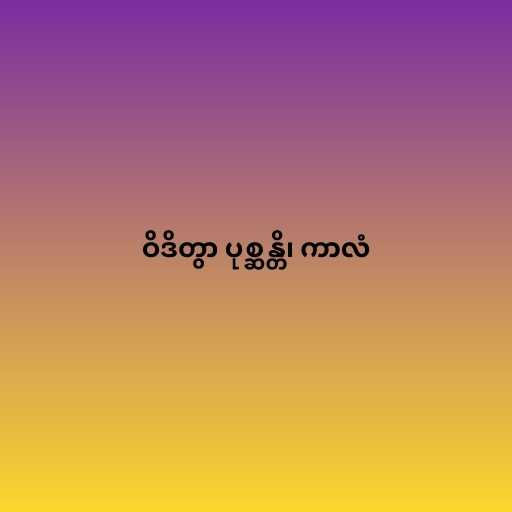
ဝိဒိတွာ ပုစ္ဆန္တိ၊ ကာလံ